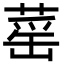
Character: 䔄